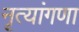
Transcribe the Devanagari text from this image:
नृत्यांगणा